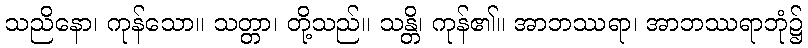
သညိနော၊ ကုန်သော။ သတ္တာ၊ တို့သည်။ သန္တိ၊ ကုန်၏။ အာဘဿရာ၊ အာဘဿရာဘုံ၌